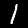
Digit: 1